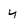
Character: y